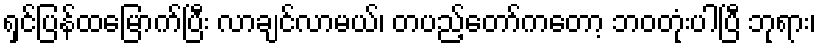
ရှင်ပြန်ထမြောက်ပြီး လာချင်လာမယ်၊ တပည့်တော်ကတော့ ဘဝတုံးပါပြီ ဘုရား၊